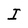
Character: I